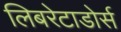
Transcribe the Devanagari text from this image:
लिबरेटाडोर्स